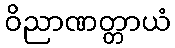
ဝိညာဏတ္တာယံ